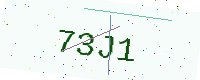
Text: 73J1